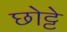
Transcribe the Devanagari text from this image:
छोट्टे